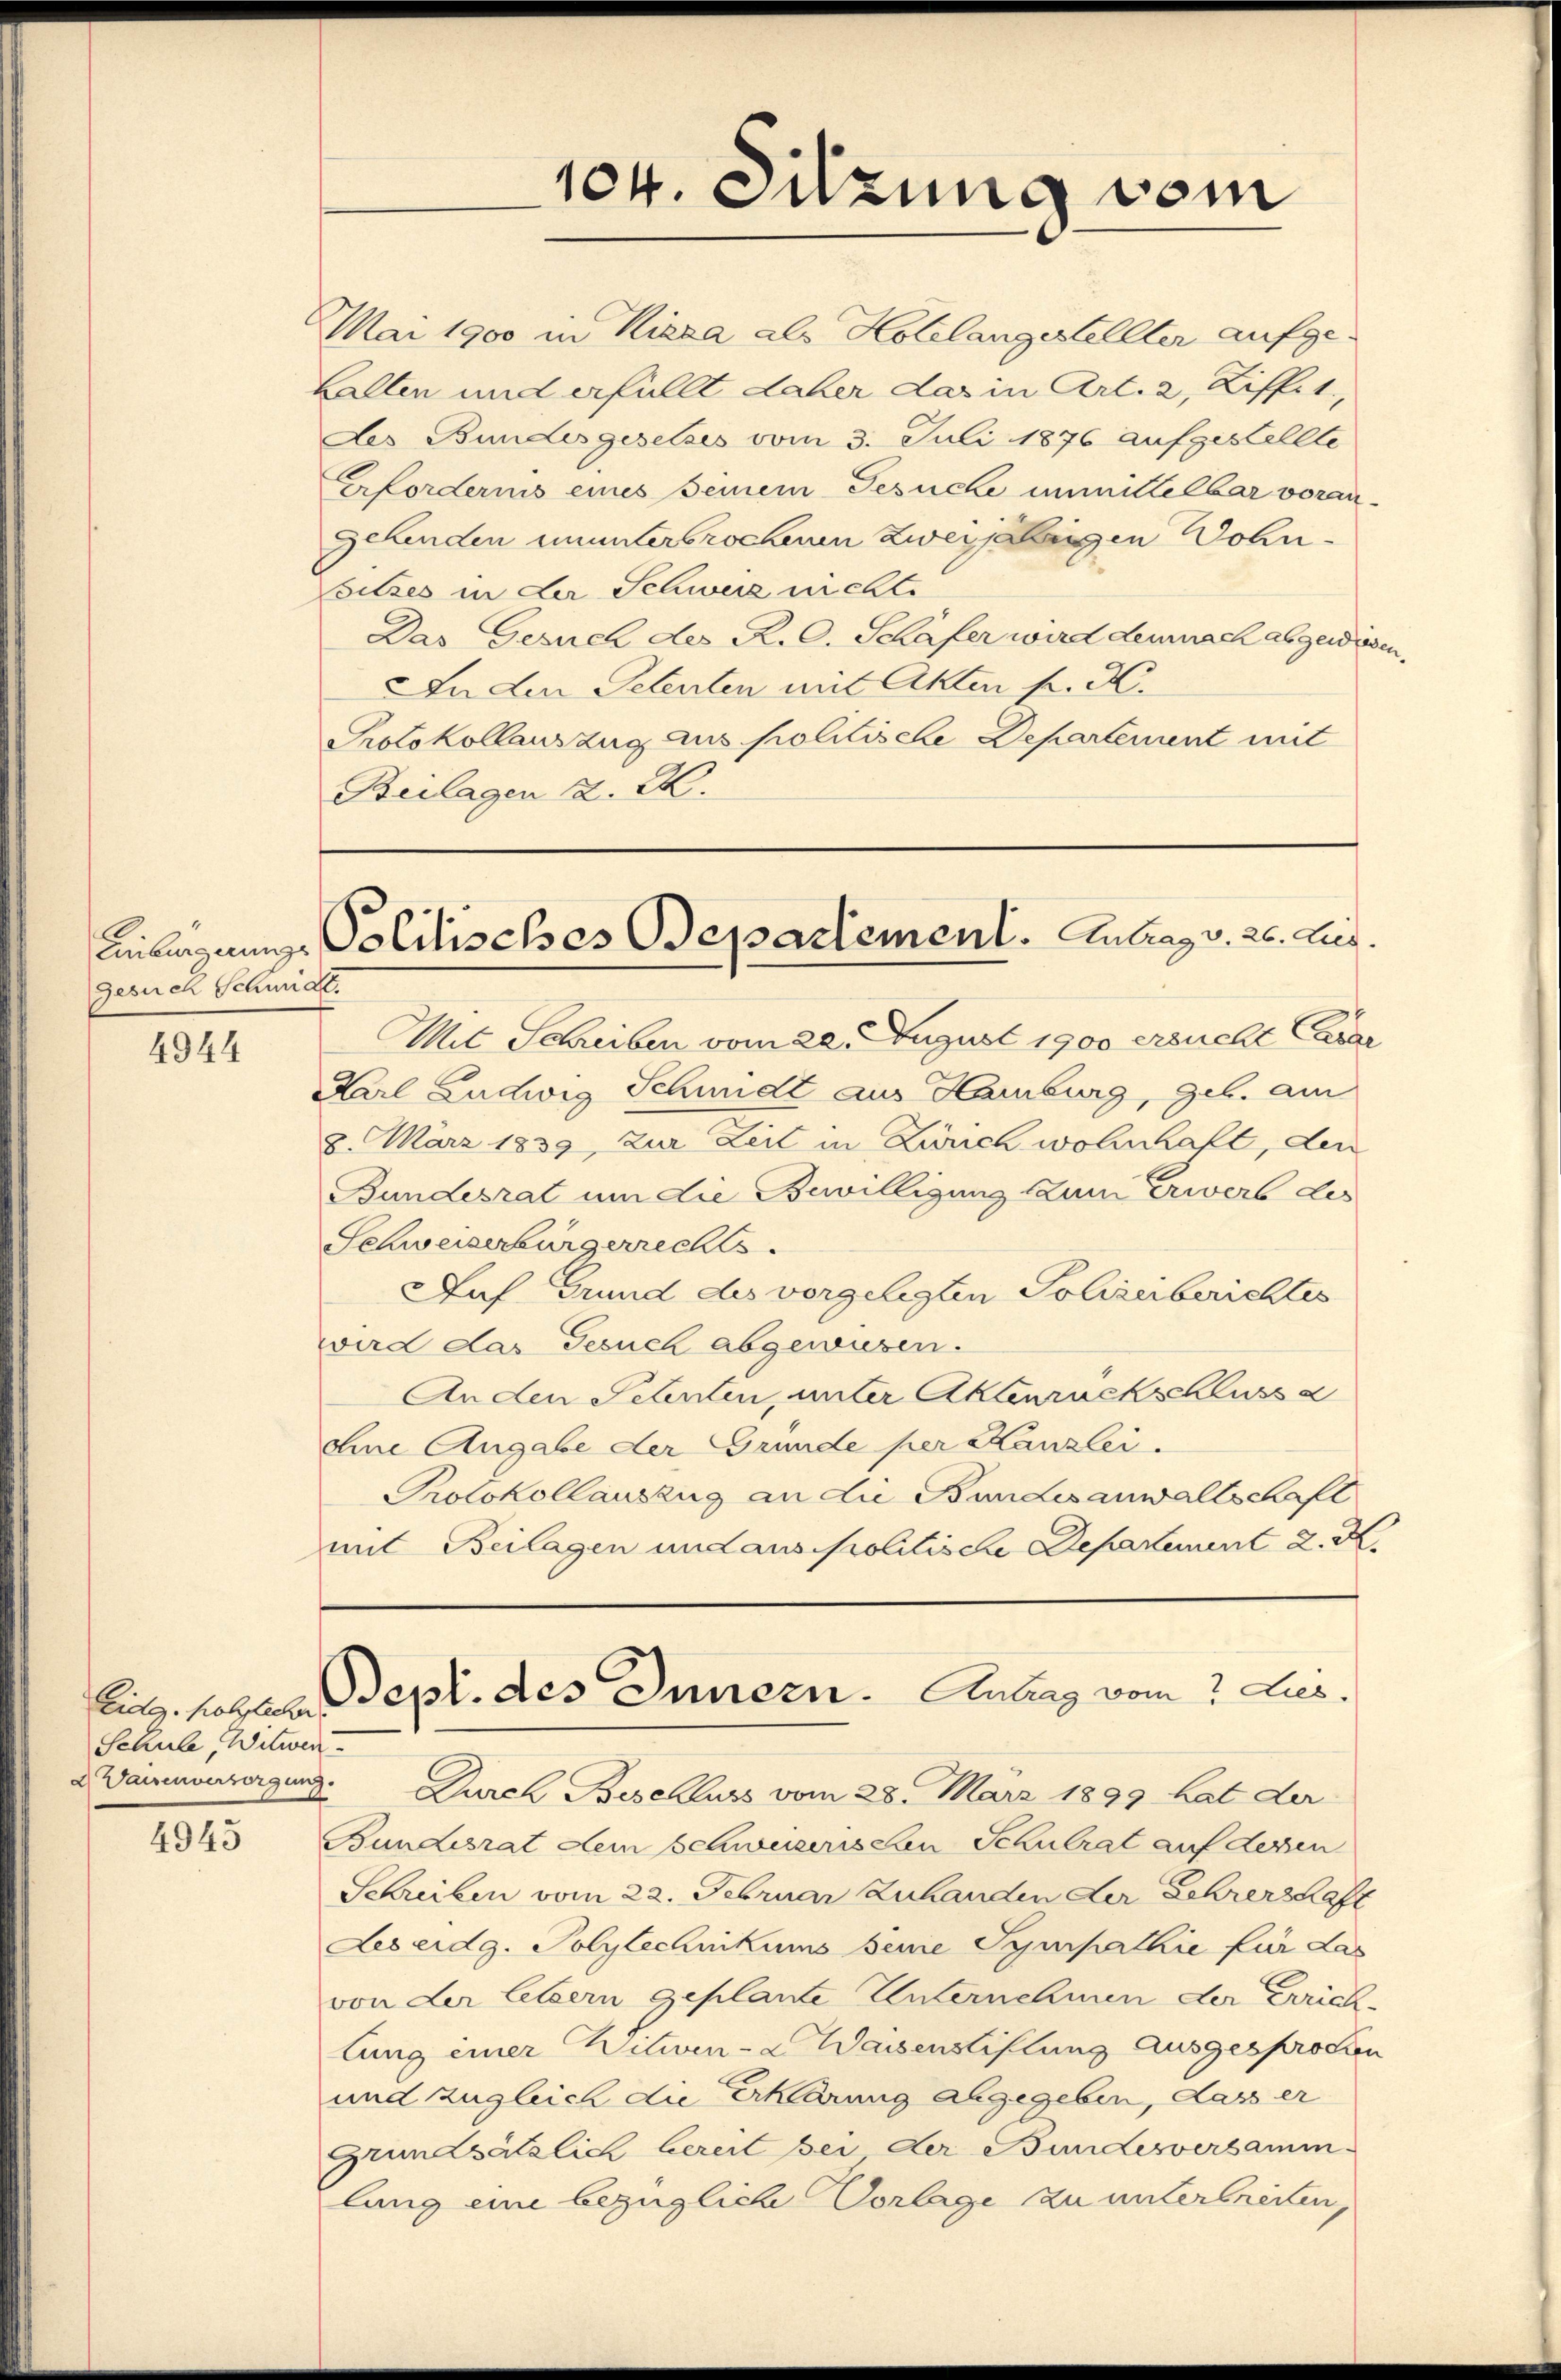
Gesuch Staun

4944

Eidg. folglicher.
Schule, Witwen

4943

Mai 1900 in Kiesa als Hotelangestellter aufge-
Halten und erfüllt daher das in Art. 2, Ziffet,
Des Bundesgesetzes vom 3. Juli 1876 aufgestellte
Erfordernis eines seinem Gesuche unmittelbar voran-
Gehenden ununterbrochen zweijelingen Wohn¬
Loitzes in der Schweiz nichte
Das Gesuch der R. C. Schäfer wird demnach abgewiesen.
In den Petenten mit Akten fr. K.
Protokollauszug aus politische Departement mit
Beilagen d. M.

104. Sitzung vom

Einbergung. Politisches Departement. Antrag v. 26. Lus
A

Mit Schreiben vom 22. August 1900 ersucht Cavar
Karl Ludwig Schmidt aus Hamburg, geb. am
8. März 1839, zur Zeit in Zürich wohnhaft, den
Bundesrat um die Bewilligung zum Erwerb des
Schweizerbürgerrechts
Auf Grund des vorgelegten Polizeiberichtes
wird das Gesuch abgewiesen.
Sept. des Innern. Antrag vom 2 Lus.
2 Waisenversorgung. Durch Beschluss vom 28. März 1899 hat der
Bundesrat dem schweizerischen Schulrat auf dessen
Schreiben vom 22. Februar Zuhanden der Lehrerschaft
Les eidg. Polytechnikums seine Sympathie für das
von der lebern geplante Unternehmen der Errich-
lung einer Witwen-a Wassenstiftung ausgesprochen
und zugleich die Erklärung abgegeben, dass er
Grundsätzlich bereit bei der Bundesversamm-
lung eine bezügliche Vorlage zu unterbreiten,

Anden Schenten, unter Aktenrückschluss
ohne Angabe der Gründe per Kanzlei.
Protokollauszug an die Bundesanwaltschaft
mit Beilagen und aus politische Departement 2. X.